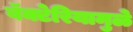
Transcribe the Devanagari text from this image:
बॅक्टेरियामुळे